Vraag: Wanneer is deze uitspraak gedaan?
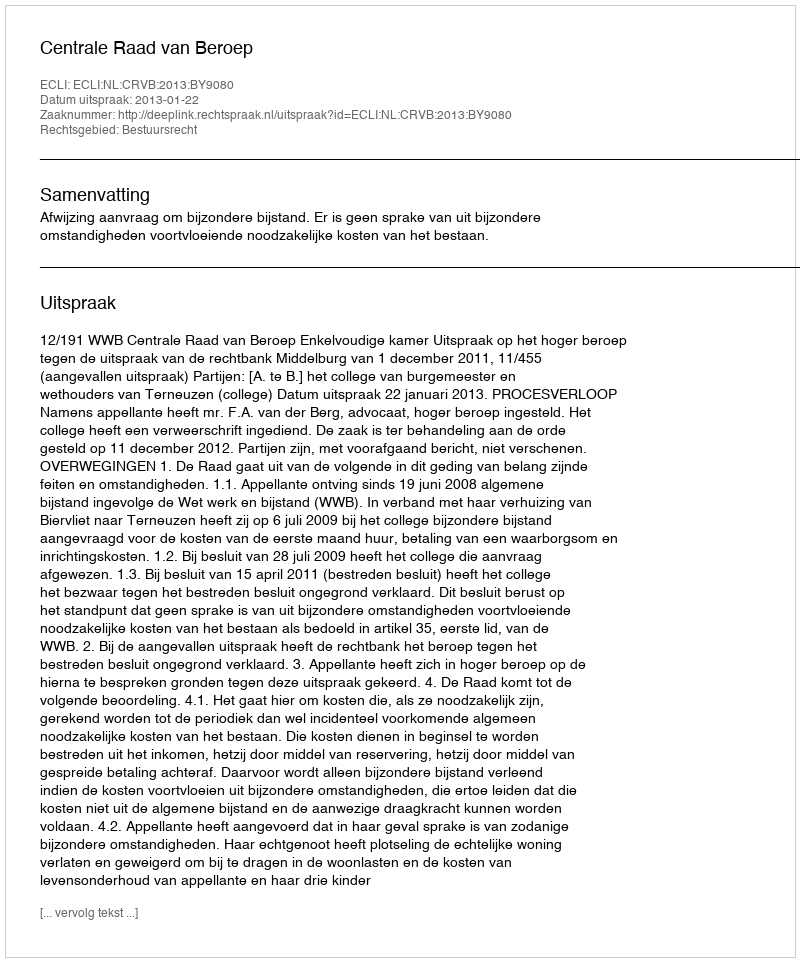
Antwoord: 2013-01-22